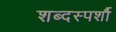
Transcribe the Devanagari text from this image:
शब्दस्पर्शौ